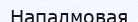
Напалмовая